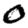
Digit: 0